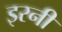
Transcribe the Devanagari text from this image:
इरनी